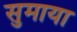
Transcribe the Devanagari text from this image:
सुमाया